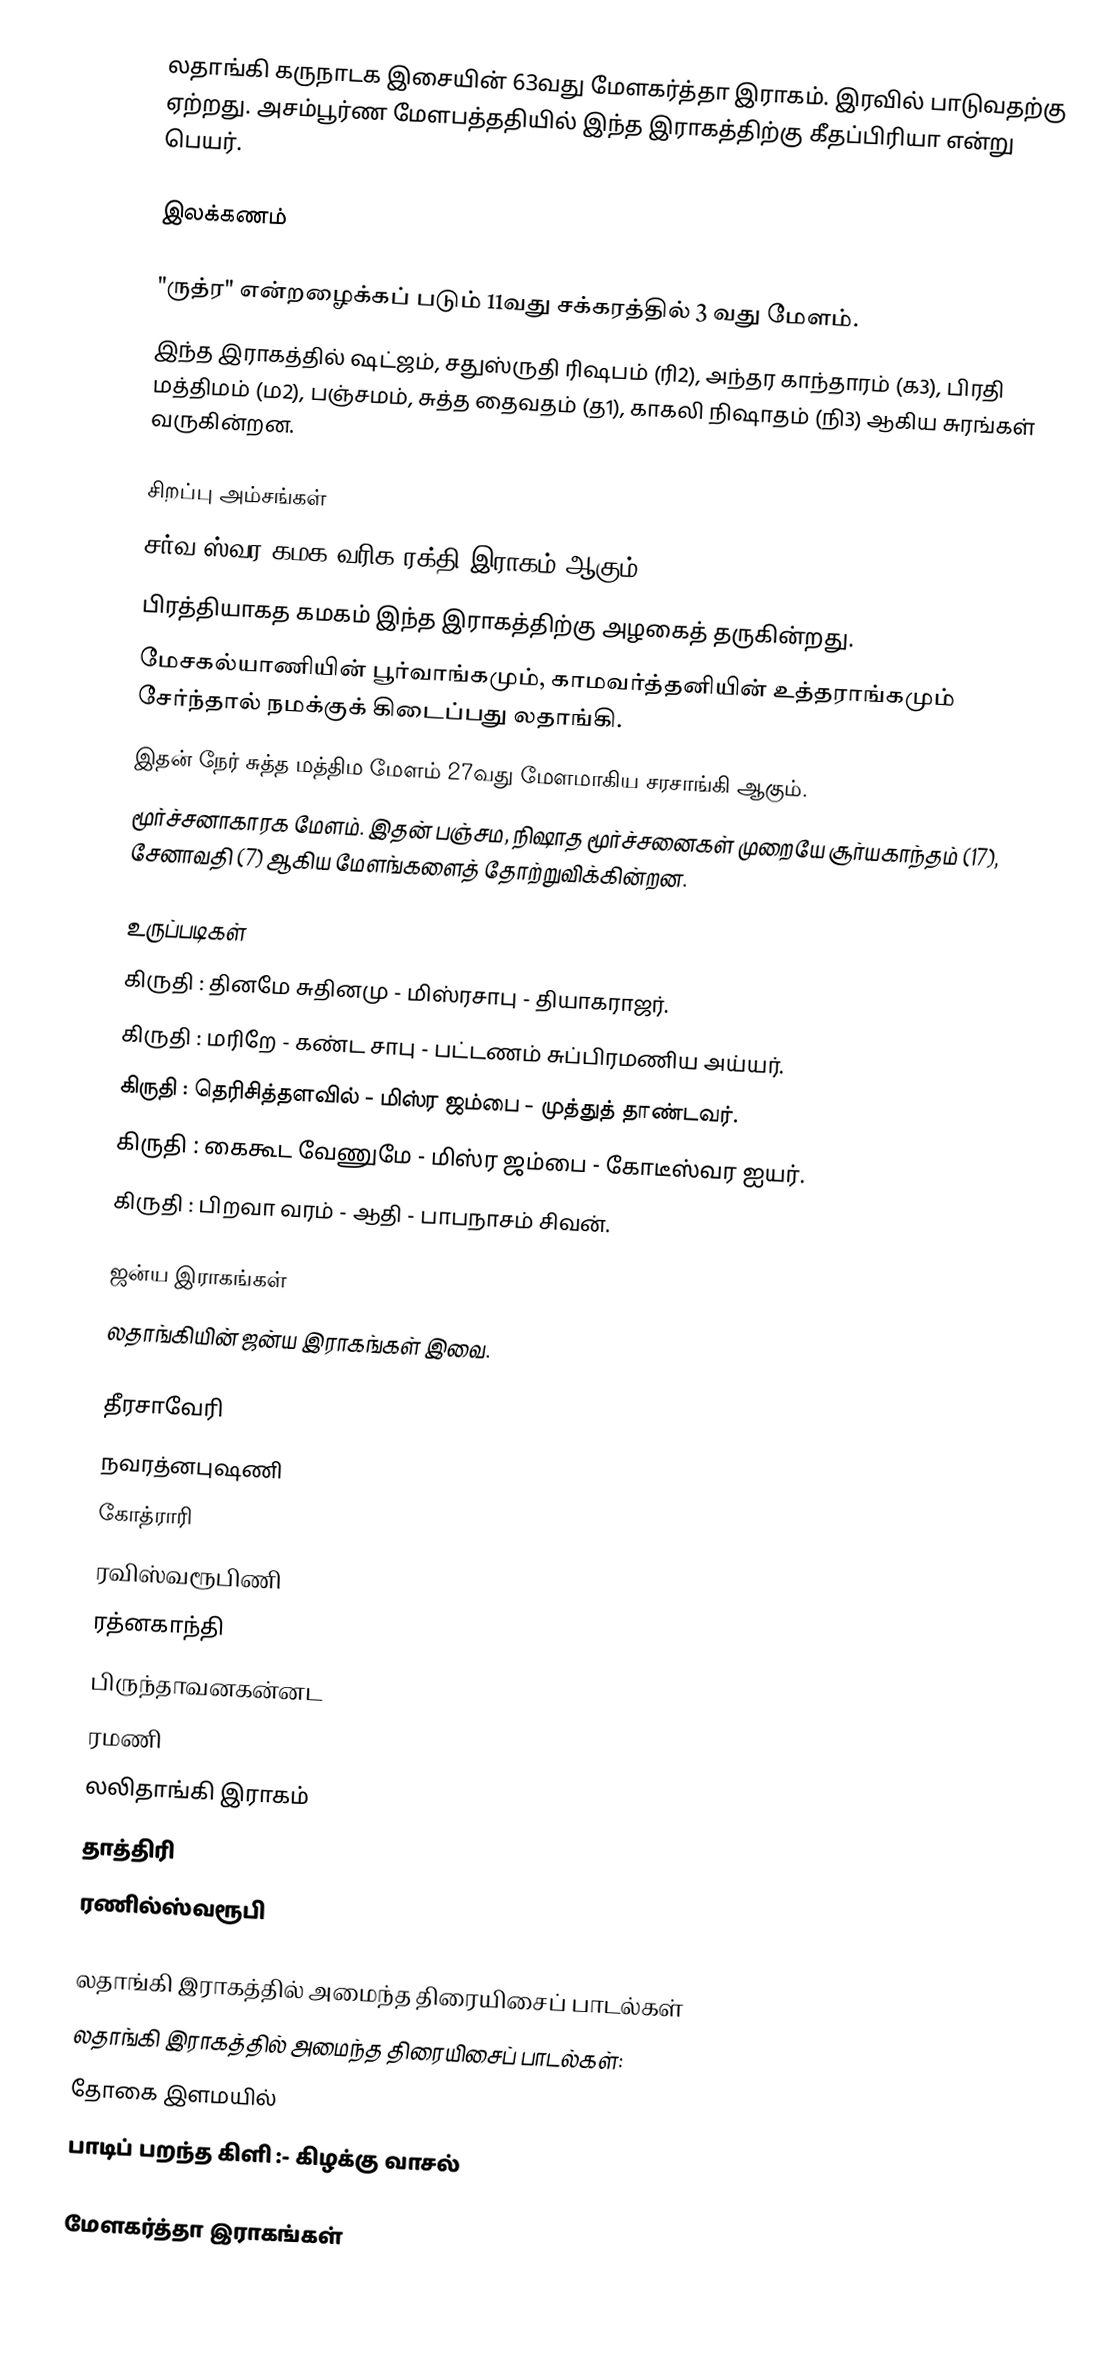
லதாங்கி கருநாடக இசையின் 63வது மேளகர்த்தா இராகம். இரவில் பாடுவதற்கு ஏற்றது. அசம்பூர்ண மேளபத்ததியில் இந்த இராகத்திற்கு கீதப்பிரியா என்று பெயர்.

இலக்கணம்

 "ருத்ர" என்றழைக்கப் படும் 11வது சக்கரத்தில் 3 வது மேளம்.
 இந்த இராகத்தில் ஷட்ஜம், சதுஸ்ருதி ரிஷபம் (ரி2), அந்தர காந்தாரம் (க3), பிரதி மத்திமம் (ம2), பஞ்சமம், சுத்த தைவதம் (த1), காகலி நிஷாதம் (நி3) ஆகிய சுரங்கள் வருகின்றன.

சிறப்பு அம்சங்கள்
 சர்வ ஸ்வர கமக வரிக ரக்தி இராகம் ஆகும்.
 பிரத்தியாகத கமகம் இந்த இராகத்திற்கு அழகைத் தருகின்றது.
 மேசகல்யாணியின் பூர்வாங்கமும், காமவர்த்தனியின் உத்தராங்கமும் சேர்ந்தால் நமக்குக் கிடைப்பது லதாங்கி.
 இதன் நேர் சுத்த மத்திம மேளம் 27வது மேளமாகிய சரசாங்கி ஆகும்.
 மூர்ச்சனாகாரக மேளம். இதன் பஞ்சம, நிஷாத மூர்ச்சனைகள் முறையே சூர்யகாந்தம் (17), சேனாவதி (7) ஆகிய மேளங்களைத் தோற்றுவிக்கின்றன.

உருப்படிகள்
 கிருதி	: தினமே சுதினமு	- மிஸ்ரசாபு	- தியாகராஜர்.
 கிருதி	: மரிறே		- கண்ட சாபு	- பட்டணம் சுப்பிரமணிய அய்யர்.
 கிருதி	: தெரிசித்தளவில்		- மிஸ்ர ஜம்பை	- முத்துத் தாண்டவர்.
 கிருதி	: கைகூட வேணுமே	- மிஸ்ர ஜம்பை	- கோடீஸ்வர ஐயர்.
 கிருதி	: பிறவா வரம்		- ஆதி		- பாபநாசம் சிவன்.

ஜன்ய இராகங்கள்
லதாங்கியின் ஜன்ய இராகங்கள் இவை.

 தீரசாவேரி
 நவரத்னபுஷணி
 கோத்ராரி
 ரவிஸ்வரூபிணி
 ரத்னகாந்தி
 பிருந்தாவனகன்னட
 ரமணி
 லலிதாங்கி இராகம்
 தாத்திரி
 ரணில்ஸ்வரூபி

லதாங்கி இராகத்தில் அமைந்த திரையிசைப் பாடல்கள்
லதாங்கி இராகத்தில் அமைந்த திரையிசைப் பாடல்கள்:
 தோகை இளமயில்
 பாடிப் பறந்த கிளி :- கிழக்கு வாசல்

 மேளகர்த்தா இராகங்கள்